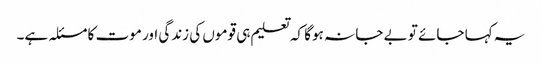
یہ کہا جائے تو بے جا نہ ہوگا کہ تعلیم ہی قوموں کی زندگی اور موت کا مسئلہ ہے۔